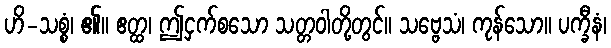
ဟိ-သစ္စံ၊ ၏။ ဧတ္ထ၊ ဤငှက်စသော သတ္တဝါတို့တွင်။ သဗ္ဗေသံ၊ ကုန်သော။ ပက္ခီနံ၊